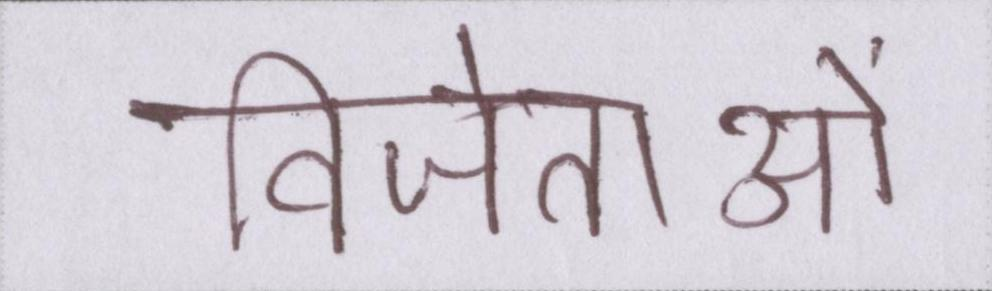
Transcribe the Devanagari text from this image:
विजेताओं